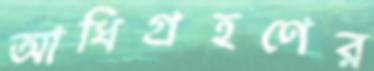
আধিগ্রহণের